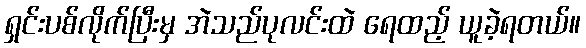
ရှင်းပစ်လိုက်ပြီးမှ အဲသည်ပုလင်းထဲ ရေထည့် ယူခဲ့ရတယ်။